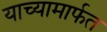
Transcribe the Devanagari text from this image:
याच्यामार्फत